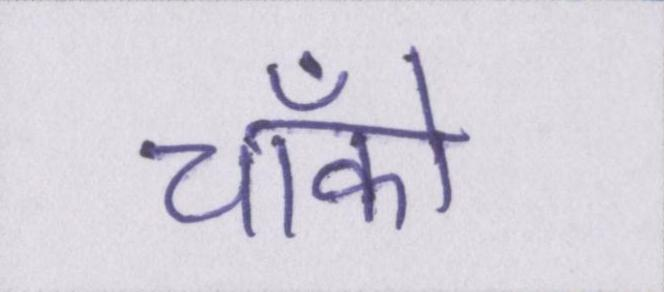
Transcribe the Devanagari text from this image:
चॉको